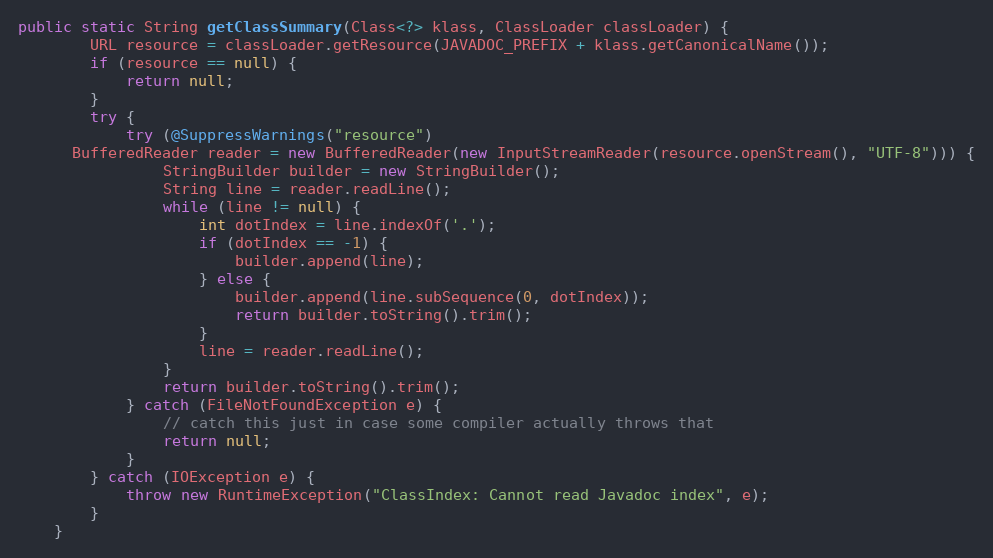
Language: Java
public static String getClassSummary(Class<?> klass, ClassLoader classLoader) {
		URL resource = classLoader.getResource(JAVADOC_PREFIX + klass.getCanonicalName());
		if (resource == null) {
			return null;
		}
		try {
			try (@SuppressWarnings("resource")
      BufferedReader reader = new BufferedReader(new InputStreamReader(resource.openStream(), "UTF-8"))) {
				StringBuilder builder = new StringBuilder();
				String line = reader.readLine();
				while (line != null) {
					int dotIndex = line.indexOf('.');
					if (dotIndex == -1) {
						builder.append(line);
					} else {
						builder.append(line.subSequence(0, dotIndex));
						return builder.toString().trim();
					}
					line = reader.readLine();
				}
				return builder.toString().trim();
			} catch (FileNotFoundException e) {
				// catch this just in case some compiler actually throws that
				return null;
			}
		} catch (IOException e) {
			throw new RuntimeException("ClassIndex: Cannot read Javadoc index", e);
		}
	}